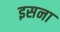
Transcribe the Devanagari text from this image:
इसना